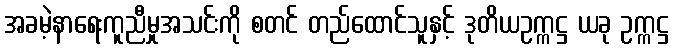
အခမဲ့နာရေးကူညီမှုအသင်းကို စတင် တည်ထောင်သူနှင့် ဒုတိယဥက္ကဋ္ဌ ယခု ဥက္ကဋ္ဌ